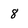
Character: 8